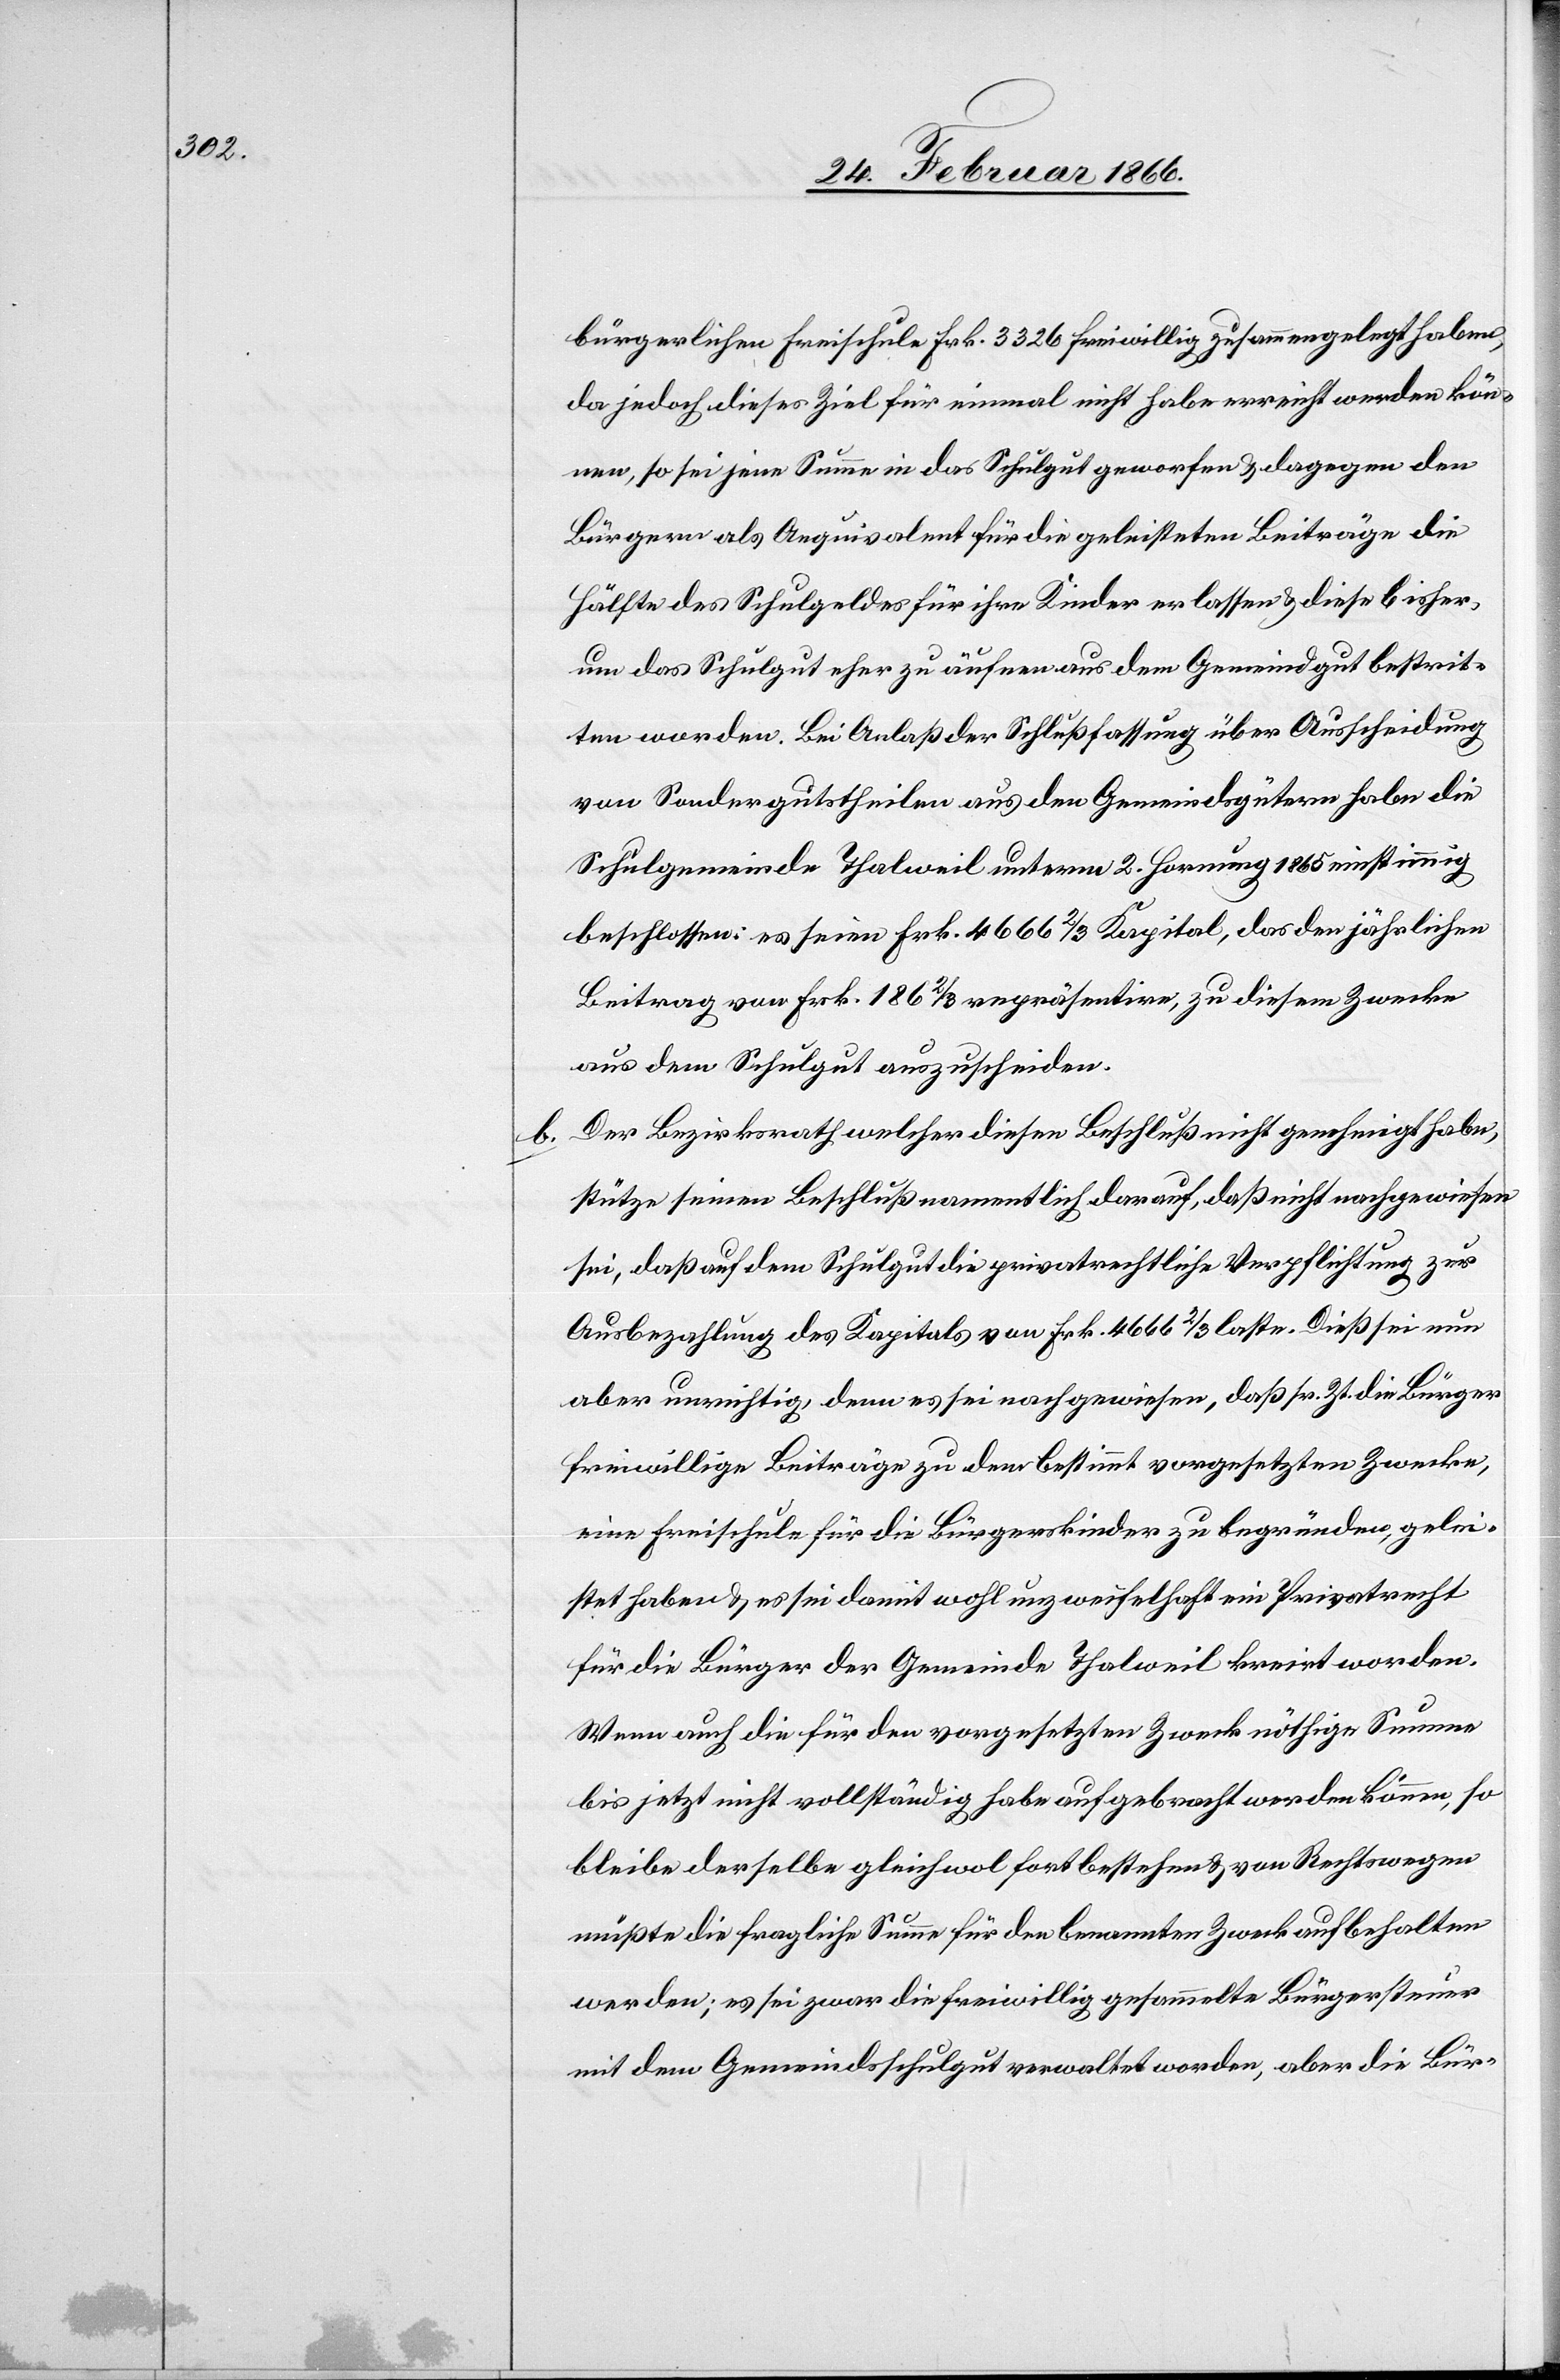
bürgerlichen Freischule Frk. 3326 freiwillig zusammengelegt haben,
da jedoch dieses Ziel für einmal nicht habe erreicht werden kön¬
nen, so sei jene Summe in das Schulgut geworfen u. dagegen den
Bürgern als Aequivalent für die geleisteten Beiträge die
Hälfte des Schulgutes für ihre Kinder erlassen, u. diese bisher
um das Schulgut eher zu äufnen aus dem Gemeindgut bestrit¬
ten worden]. Bei Anlaß der Schlußfassung über Ausscheidung
von Sondergutstheilen aus den Gemeindsgütern habe die
Schulgemeinde Thalweil unterm 2. Hornung 1865 einstimmig
beschlossen: es seien Frk. 4666 ⅔ Kapital, das den jährlichen
Beitrag von Frk. 186 ⅔ repräsentiere, zu diesem Zwecke
aus dem Schulgut auszuscheiden.
b. Der Bezirksrath welcher diesen Beschluß nicht genehmigt habe,
stütze seinen Beschluß namentlich darauf, daß nicht nachgewiesen
sei, daß auf dem Schulgut die privatrechtliche Verpflichtung zur
Ausbezahlung des Kapitals von Frk. 4666 ⅔ laste. Dieß sei nun
aber unrichtig, denn es sei nachgewiesen, daß sr. Zt. die Bürger
freiwillige Beiträge zu dem bestimmt vorgesetzten Zwecke,
eine Freischule für die Bürgerkinder zu begründen, gelei¬
stet haben u. es sei damit wohl unzweifelhaft ein Privatrecht
für die Bürger der Gemeinde Thalweil kreirt worden.
Wenn auch die für den vorgesetzten Zweck nöthige Summe
bis jetzt nicht vollständig habe aufgebracht werden können, so
bleibe derselbe gleichwol fortbestehen u. von Rechtswegen
müßte die fragliche Summe für den benannten Zweck aufbehalten
werden; es sei zwar die freiwillig gesammelte Bürgersteuer
mit dem Gemeindsschulgut verwaltet worden; aber die Bür-